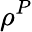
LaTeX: \rho^{P}